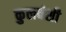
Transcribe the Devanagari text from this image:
कुलवंशी